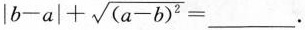
$$| b - a | + \sqrt{(a-b)^{2} } = ___$$.